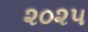
૨૦૨૫